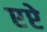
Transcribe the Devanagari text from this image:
एप्टे